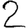
Digit: 2